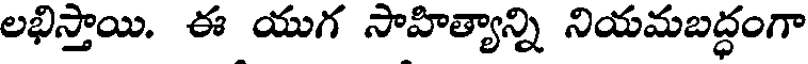
లభిస్తాయి. ఈ యుగ సాహిత్యాన్ని నియమబద్ధంగా